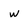
Character: w